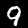
Digit: 9